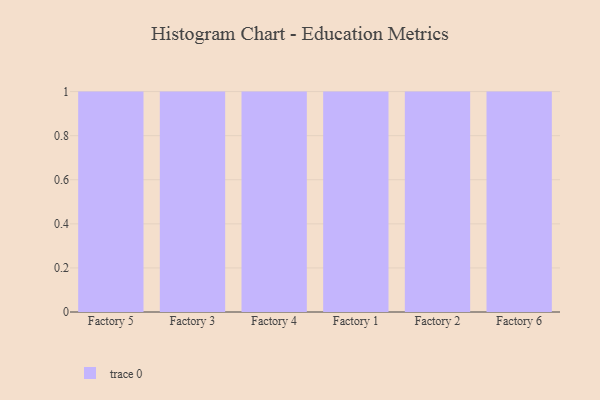
{"axis": {"x": "Factory", "y": "Temperature (°C)"}, "legend": [""], "data": [{"x": "Factory 5", "y": 97, "type": ""}, {"x": "Factory 3", "y": 48, "type": ""}, {"x": "Factory 4", "y": 90, "type": ""}, {"x": "Factory 1", "y": 61, "type": ""}, {"x": "Factory 2", "y": 40, "type": ""}, {"x": "Factory 6", "y": 53, "type": ""}]}